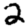
Digit: 2